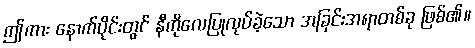
ဤကား နောက်ပိုင်းတွင် နီကိုလေပြုလုပ်ခဲ့သော အခြင်းအရာတစ်ခု ဖြစ်၏။